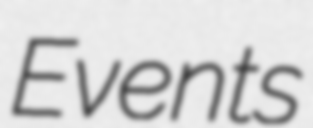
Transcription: Events